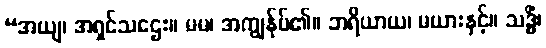
“အယျ၊ အရှင်သဌေး။ မမ၊ အကျွန်ုပ်၏။ ဘရိယာယ၊ မယားနှင့်။ သဒ္ဓိံ၊